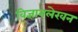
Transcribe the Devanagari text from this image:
विज्ञानलेखन